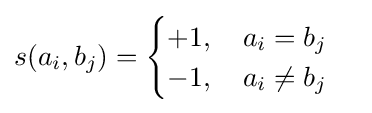
s(a_{i},b_{j})={\begin{cases}+1,\quad a_{i}=b_{j}\\-1,\quad a_{i}\neq b_{j}\end{cases}}